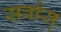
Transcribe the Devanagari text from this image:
सर्वास्‌